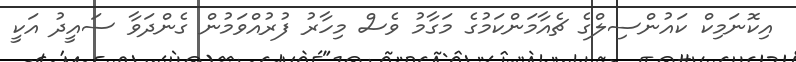
އިކޮނަމިކް ކައުންސިލްގެ ޗެއާމަންކަމުގެ މަގާމު ވެސް މިހާރު ފުރުއްވަމުން ގެންދަވާ ސައީދު އަކީ